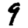
Digit: 9